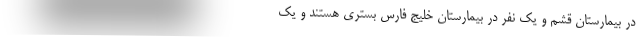
در بیمارستان قشم و یک نفر در بیمارستان خلیج فارس بستری هستند و یک